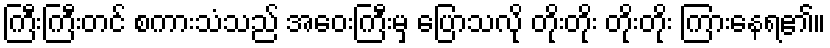
ကြီးကြီးတင် စကားသံသည် အဝေးကြီးမှ ပြောသလို တိုးတိုး တိုးတိုး ကြားနေရ၏။